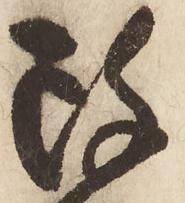
改